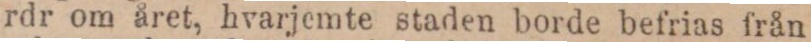
rdr om året, hvarjemte staden borde befrias från